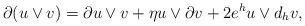
LaTeX: \begin{align*}\partial (u\vee v)=\partial u\vee v+\eta u\vee \partial v+2e^{h}u\vee d_{h}v,\end{align*}